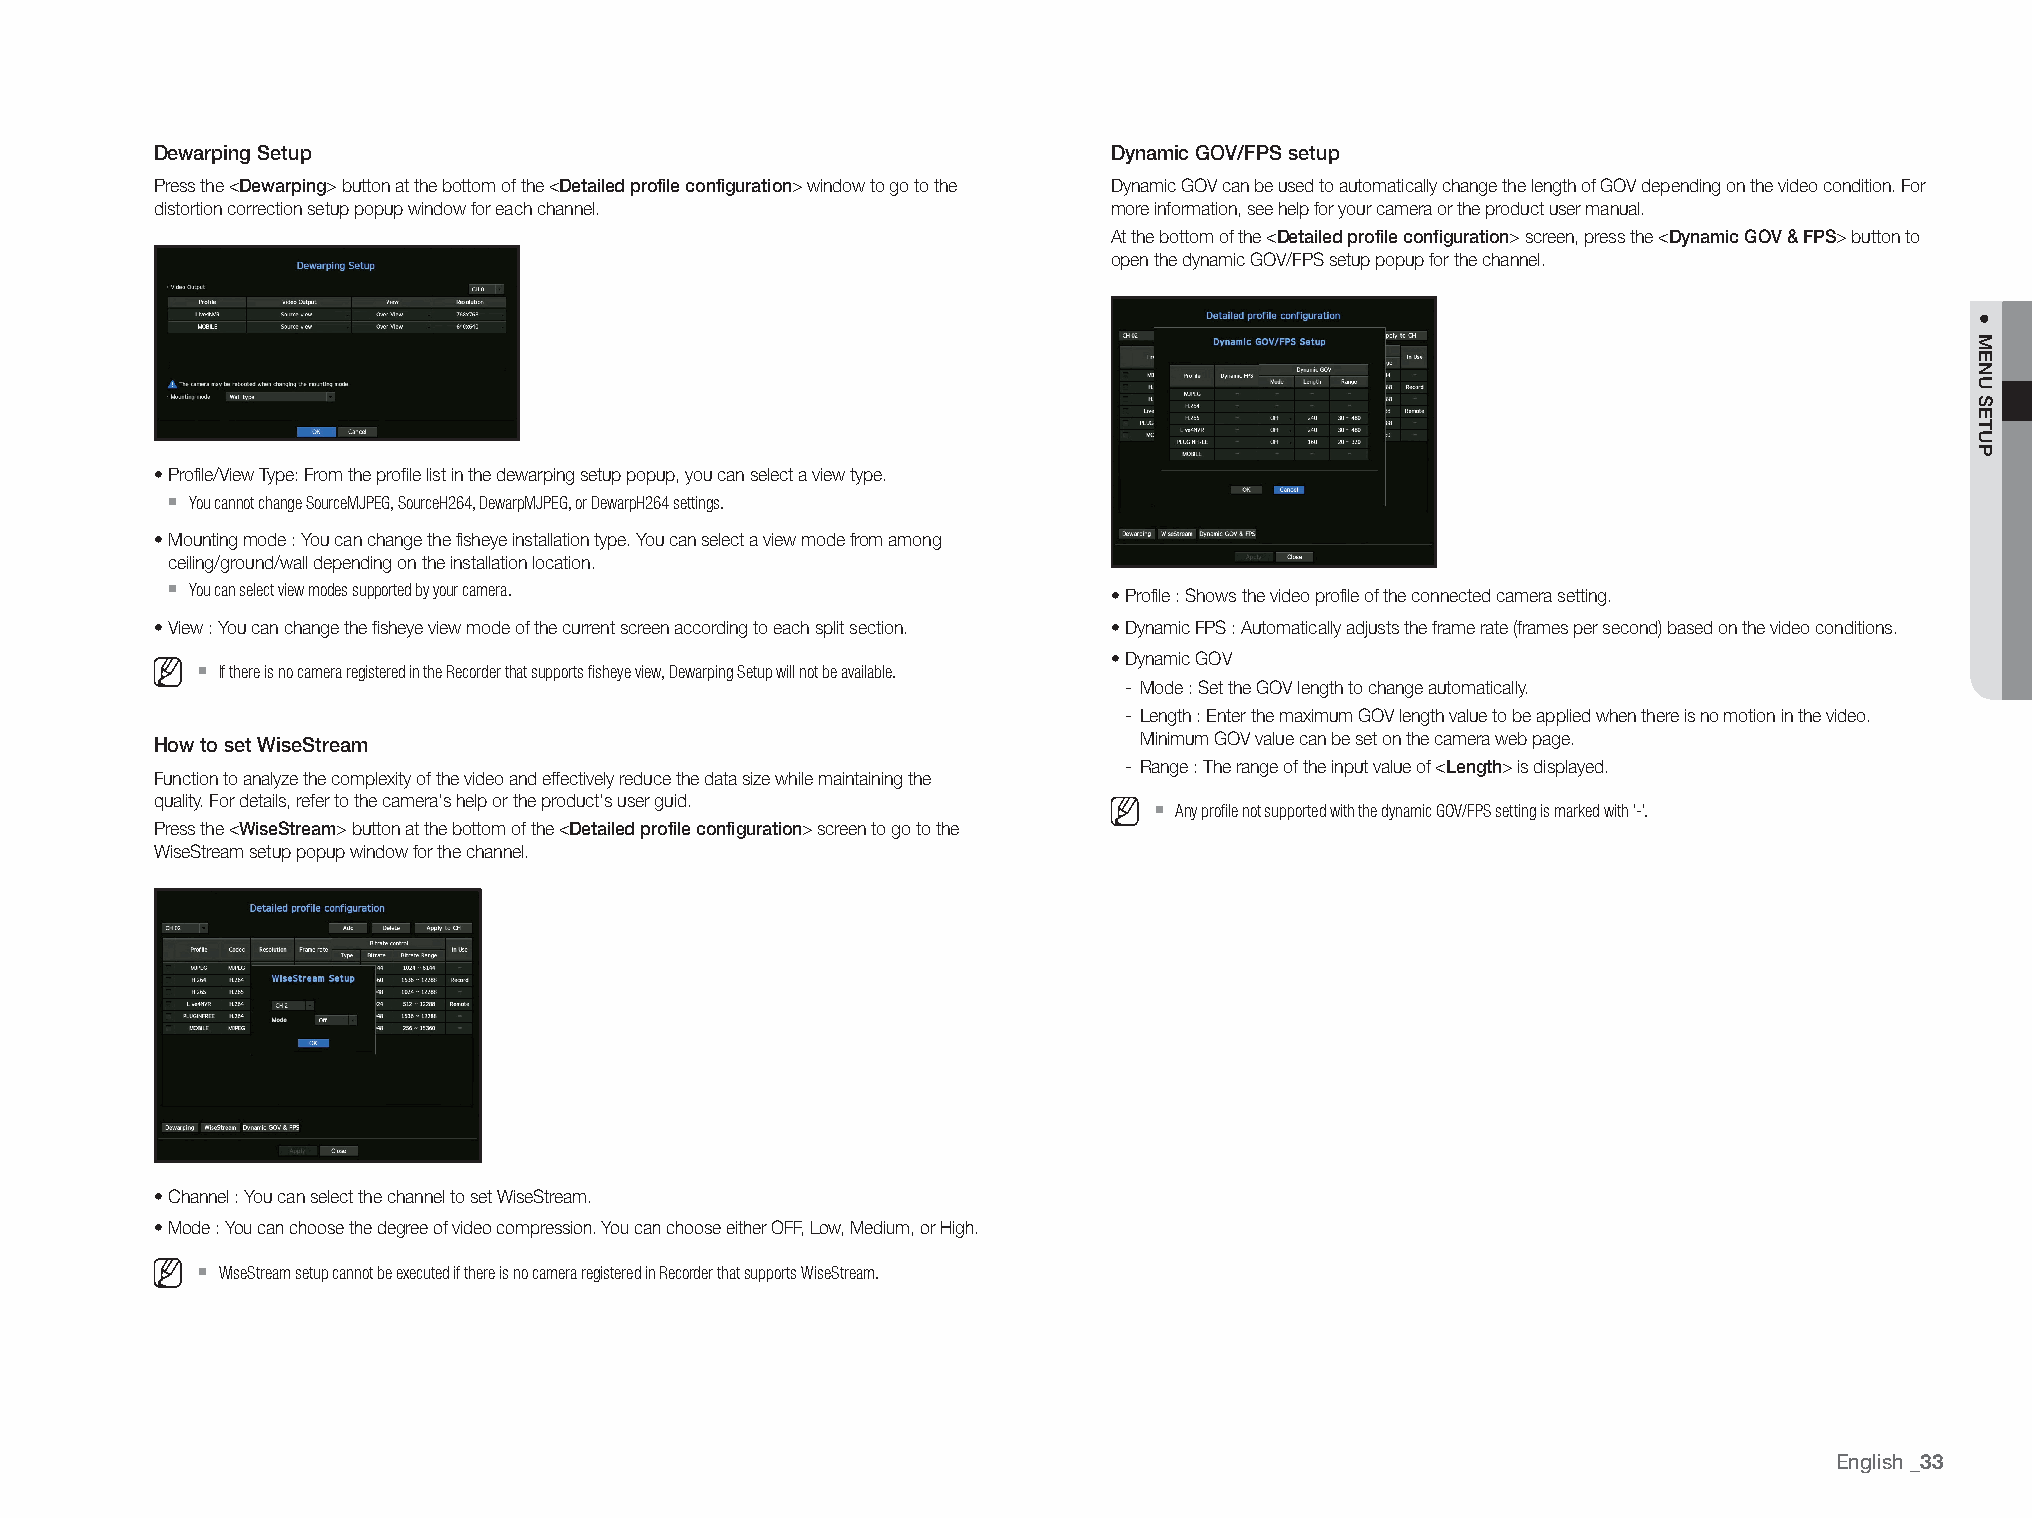
Dewarping Setup                                                 Dynamic GOV/FPS setup
 Press the <Dewarping> button at the bottom of the <Detailed profile configuration> window to go to the Dynamic GOV can be used to automatically change the length of GOV depending on the video condition. For
 distortion correction setup popup window for each channel.      more information, see help for your camera or the product user manual.
 At the bottom of the <Detailed profile configuration> screen, press the <Dynamic GOV & FPS> button to
 open the dynamic GOV/FPS setup popup for the channel.
 • Profile/View Type: From the profile list in the dewarping setup popup, you can select a view type.
 `
 You cannot change SourceMJPEG, SourceH264, DewarpMJPEG, or DewarpH264 settings.
 • Mounting mode : You can change the fisheye installation type. You can select a view mode from among
 ceiling/ground/wall depending on the installation location.
 `
 You can select view modes supported by your camera.          • Profile : Shows the video profile of the connected camera setting.
 • View : You can change the fisheye view mode of the current screen according to each split section. • Dynamic FPS : Automatically adjusts the frame rate (frames per second) based on the video conditions.
 `                                                            • Dynamic GOV
 If there is no camera registered in the Recorder that supports fisheye view, Dewarping Setup will not be available.
 - Mode : Set the GOV length to change automatically.
 - Length : Enter the maximum GOV length value to be applied when there is no motion in the video.
 Minimum GOV value can be set on the camera web page.
 How to set WiseStream
 - Range : The range of the input value of <Length> is displayed.
 Function to analyze the complexity of the video and effectively reduce the data size while maintaining the
 quality. For details, refer to the camera's help or the product's user guid. `
 Any profile not supported with the dynamic GOV/FPS setting is marked with '-'.
 Press the <WiseStream> button at the bottom of the <Detailed profile configuration> screen to go to the
 WiseStream setup popup window for the channel.
 • Channel : You can select the channel to set WiseStream.
 • Mode : You can choose the degree of video compression. You can choose either OFF, Low, Medium, or High.
 `
 WiseStream setup cannot be executed if there is no camera registered in Recorder that supports WiseStream.
 English
 _33
 ●
 MENU
 SETUP